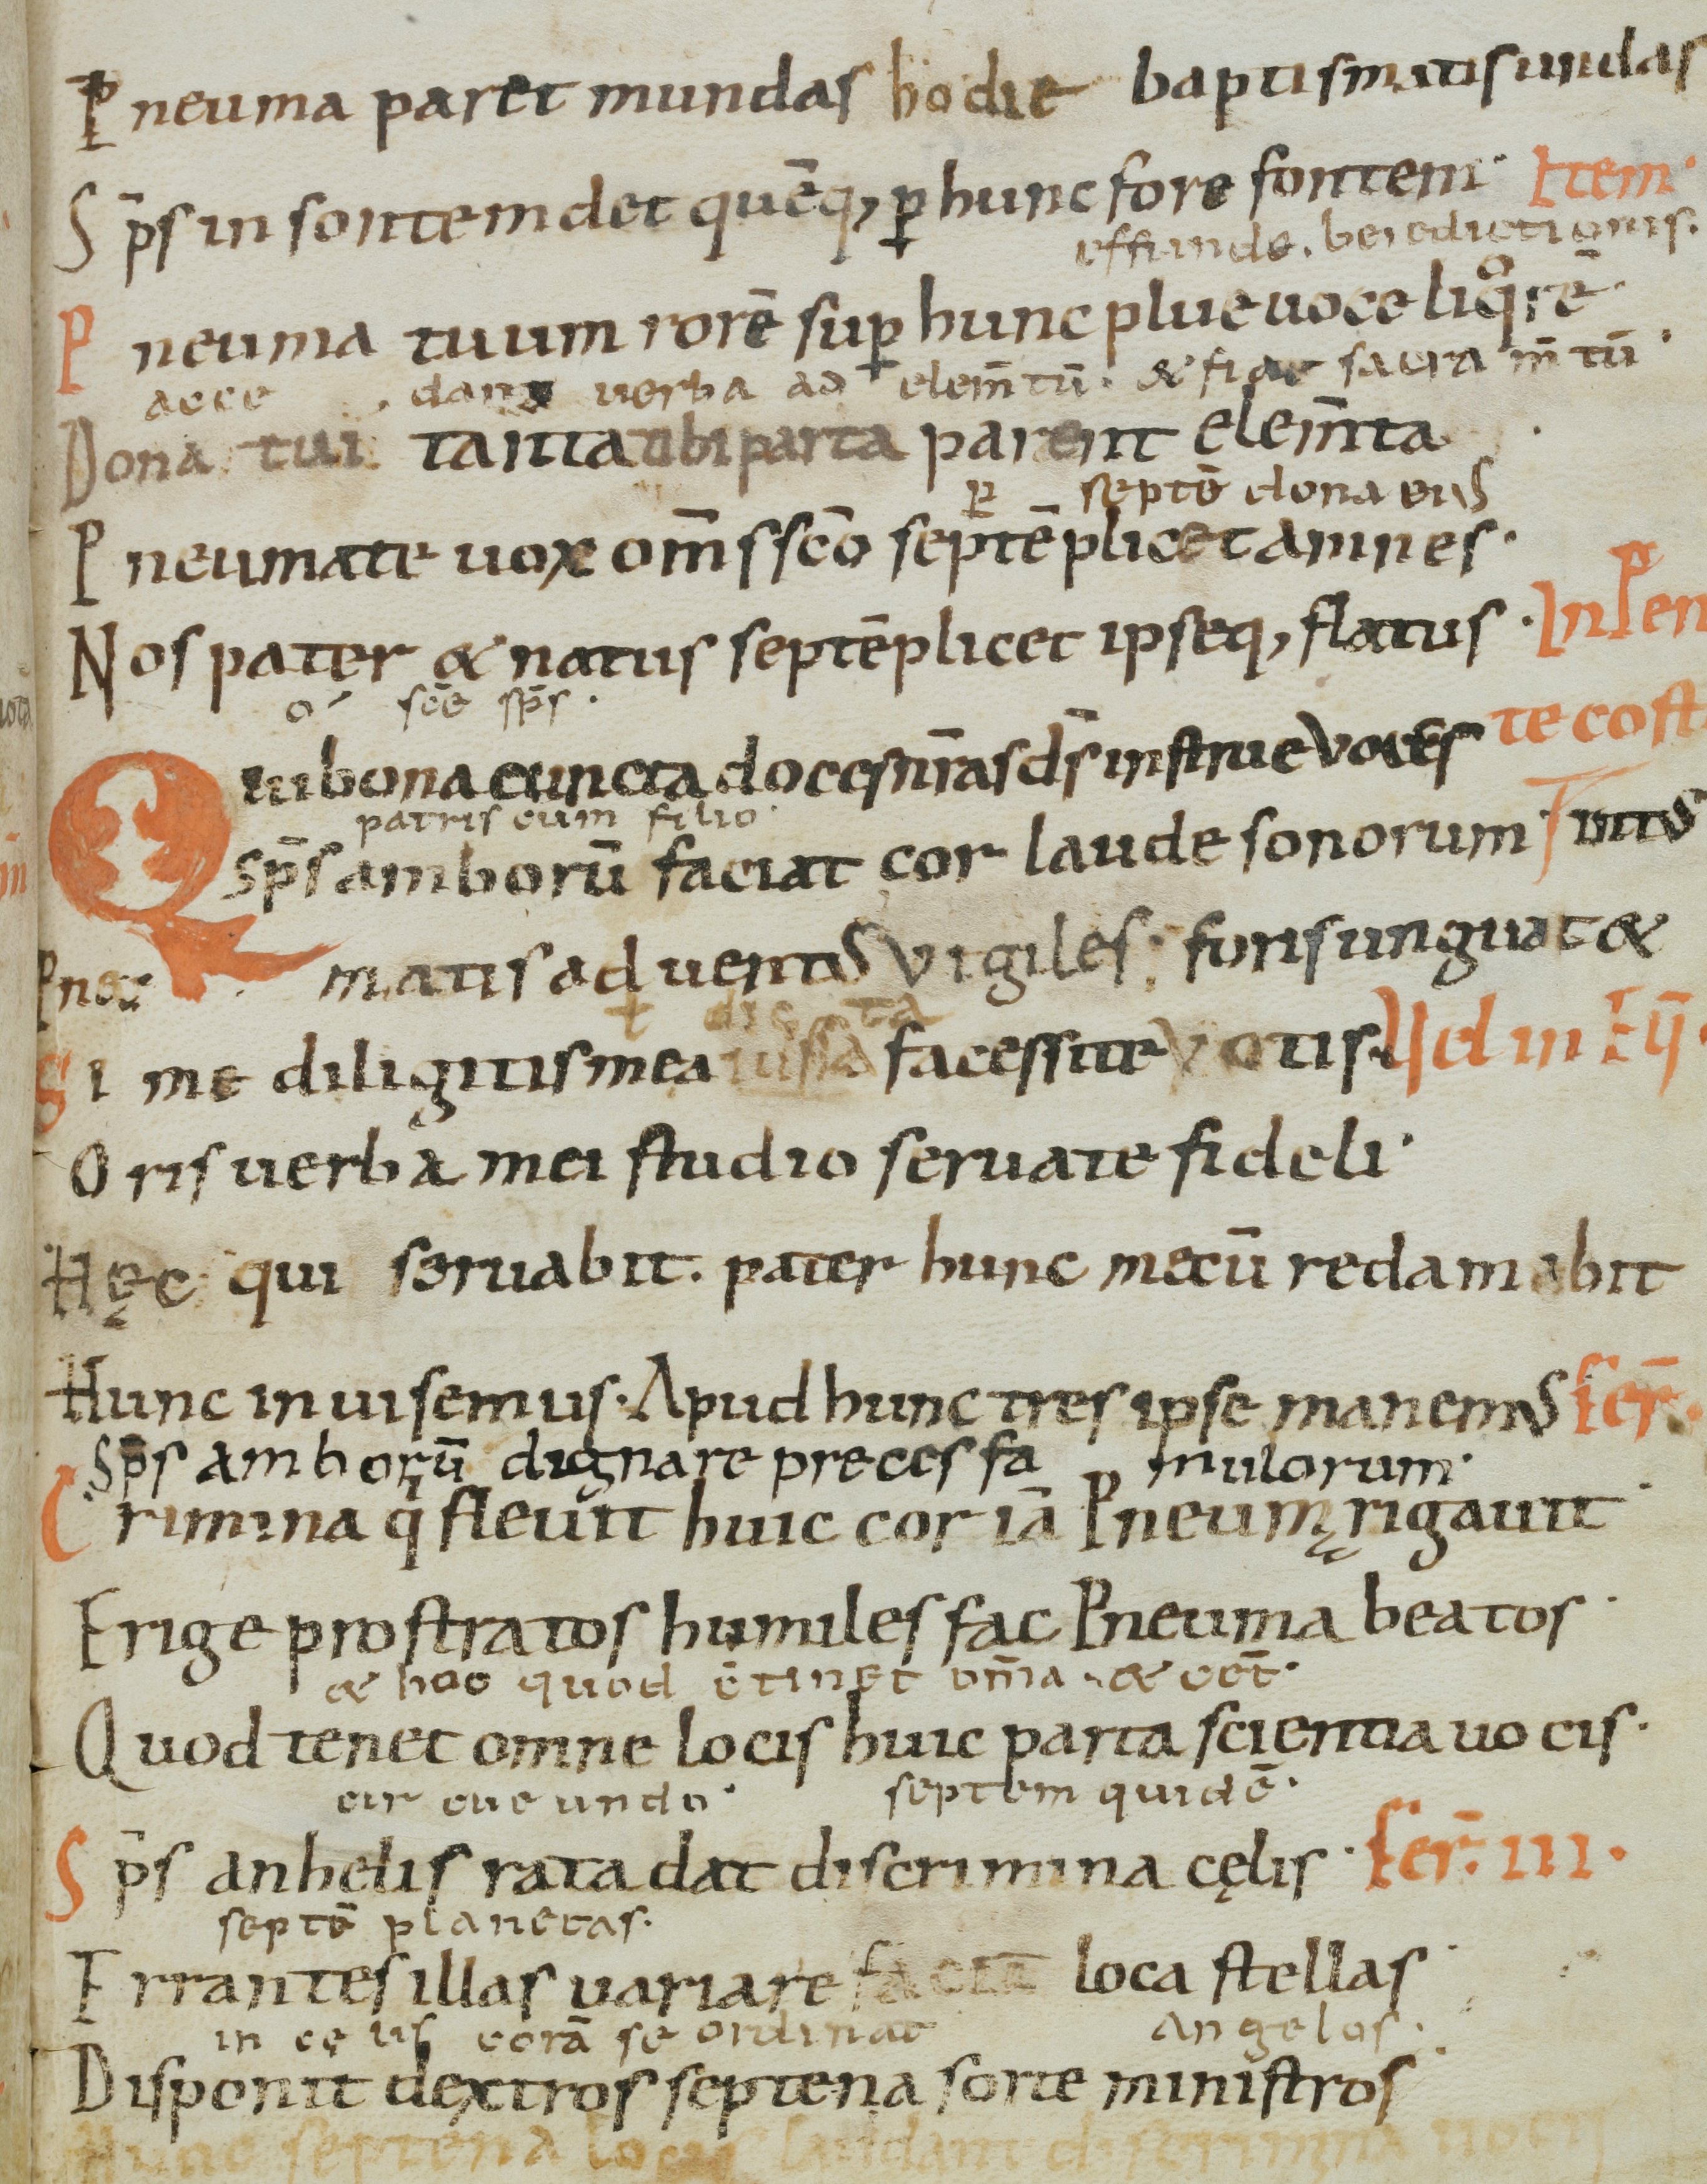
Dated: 1000–1099